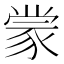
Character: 𫎇